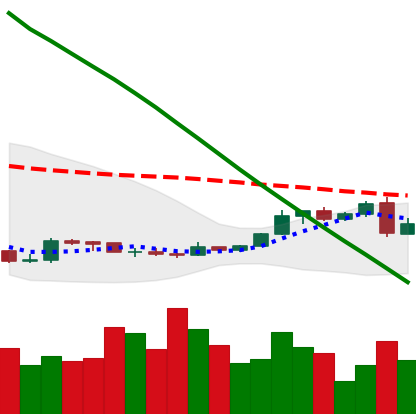
Ticker: XLM-USD
Chart end date: 2019-02-25
Forward return: -3.259%
Label: down_3_5